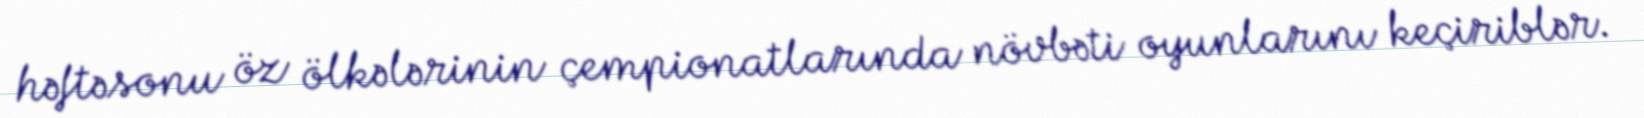
həftəsonu öz ölkələrinin çempionatlarında növbəti oyunlarını keçiriblər.